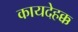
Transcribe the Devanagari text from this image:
कायदेहक्क